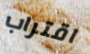
اقتراب